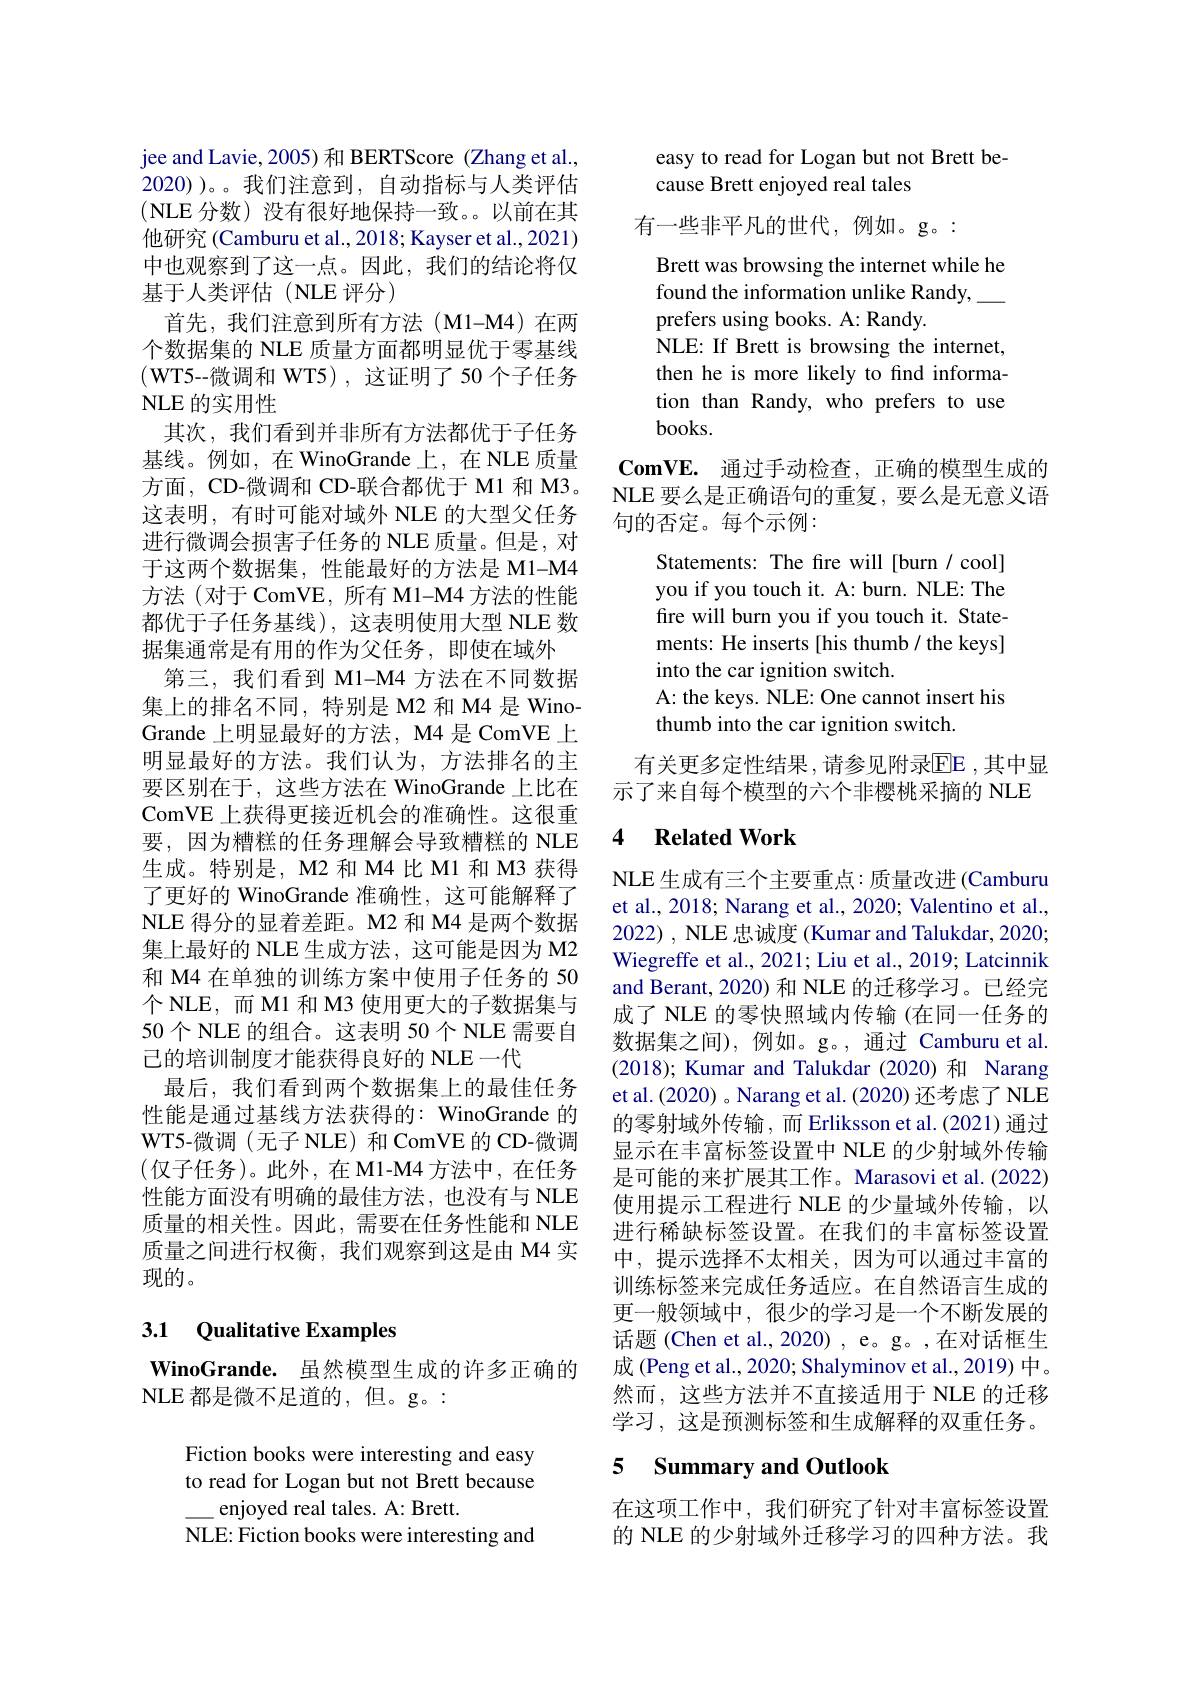
jee and Lavie, 2005) 和 BERTScore (Zhang et al., 2020))。。我们注意到，自动指标与人类评估(NLE 分数)没有很好地保持一致。以前在其他研究 (Camburu et al., 2018; Kayser et al., 2021) 中也观察到了这一点。因此，我们的结论将仅基于人类评估(NLE评分)
首先，我们注意到所有方法(M1-M4)在两个数据集的 NLE 质量方面都明显优于零基线(WT5--微调和 WT5),这证明了50个子任务NLE 的实用性
其次，我们看到并非所有方法都优于子任务基线。例如，在 WinoGrande 上，在 NLE 质量方面，CD-微调和 CD-联合都优于 M1 和 M3。这表明，有时可能对域外 NLE 的大型父任务进行微调会损害子任务的 NLE 质量。但是，对于这两个数据集，性能最好的方法是 M1-M4方法(对于 ComVE, 所有 M1-M4 方法的性能都优于子任务基线),这表明使用大型 NLE 数据集通常是有用的作为父任务，即使在域外
第三，我们看到 M1-M4 方法在不同数据集上的排名不同，特别是 M2 和 M4 是 WinoGrande 上明显最好的方法，M4 是 ComVE 上明显最好的方法。我们认为，方法排名的主要区别在于，这些方法在 WinoGrande 上比在ComVE 上获得更接近机会的准确性。这很重要，因为糟糕的任务理解会导致糟糕的 NLE 生成。特别是，M2 和 M4 比 M1 和 M3 获得了更好的 WinoGrande 准确性，这可能解释了NLE 得分的显着差距。M2 和 M4 是两个数据集上最好的 NLE 生成方法，这可能是因为 M2和 M4 在单独的训练方案中使用子任务的 50个 NLE, 而 M1 和 M3 使用更大的子数据集与50个 NLE 的组合。这表明 50 个 NLE 需要自己的培训制度才能获得良好的 NLE一代
最后，我们看到两个数据集上的最佳任务性能是通过基线方法获得的：WinoGrande 的WT5-微调(无子 NLE)和 ComVE 的 CD-微调(仅子任务)。此外，在 M1-M4 方法中，在任务性能方面没有明确的最佳方法，也没有与 NLE 质量的相关性。因此，需要在任务性能和 NLE 质量之间进行权衡，我们观察到这是由 M4 实现的。

## 3.1 Qualitative Examples

$\textbf{WinoGrande. 虽 然 模 型 生 成 的 许 多 正 确 的 }$
NLE 都是微不足道的，但。g。:

Fiction books were interesting and easy to read for Logan but not Brett because
enjoyed real tales. A: Brett.
NLE: Fiction books were interesting and

easy to read for Logan but not Brett be-
## cause Brett enjoyed real tales

有一些非平凡的世代，例如。g。:
Brett was browsing the internet while he
found the information unlike Randy,
prefers using books. A: Randy
NLE: If Brett is browsing the internet, then he is more likely to find information than Randy, who prefers to use $books.$

$\mathbf{ComVE.}$通过手动检查，正确的模型生成的NLE 要么是正确语句的重复，要么是无意义语句的否定。每个示例：
Statements: The fire will [burn/ cool] you if you touch it. A: burn. NLE: The fire will burn you if you touch it. Statements: He inserts [his thumb/ the keys] into the car ignition switch.
A: the keys. NLE: One cannot insert his
thumb into the car ignition switch.
有关更多定性结果，请参见附录$\overline{\mathrm{EE}}$ ,其中显

示了来自每个模型的六个非樱桃采摘的 NLE

### $\textbf{4}$ $\textbf{Related Work}$

NLE 生成有三个主要重点：质量改进(Camburu et al., 2018; Narang et al., 2020; Valentino et al., 2022), NLE 忠诚度 (Kumar and Talukdar, 2020; Wiegreffe et al., 2021; Liu et al., 2019; Latcinnik and Berant, 2020) 和 NLE 的迁移学习。已经完成了 NLE 的零快照域内传输 (在同一任务的数据集之间),例如。g。,通过 Camburu et al. (2018); Kumar and Talukdar (2020) 和 Narang et al. (2020) 。Narang et al. (2020) 还考虑了 NLE 的零射域外传输，而 Erliksson et al.(2021) 通过显示在丰富标签设置中 NLE 的少射域外传输是可能的来扩展其工作。Marasovi et al.(2022) 使用提示工程进行 NLE 的少量域外传输，以进行稀缺标签设置。在我们的丰富标签设置中，提示选择不太相关，因为可以通过丰富的训练标签来完成任务适应。在自然语言生成的更一般领域中，很少的学习是一个不断发展的话题(Chen et al., 2020) , e。g。,在对话框生成 (Peng et al., 2020; Shalyminov et al., 2019) 中。然而，这些方法并不直接适用于 NLE 的迁移学习，这是预测标签和生成解释的双重任务。

## 5 Summary and Outlook

在这项工作中，我们研究了针对丰富标签设置的 NLE 的少射域外迁移学习的四种方法。我